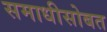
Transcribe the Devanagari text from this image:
समाधीसोबत